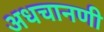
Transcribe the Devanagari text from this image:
अधचानणी